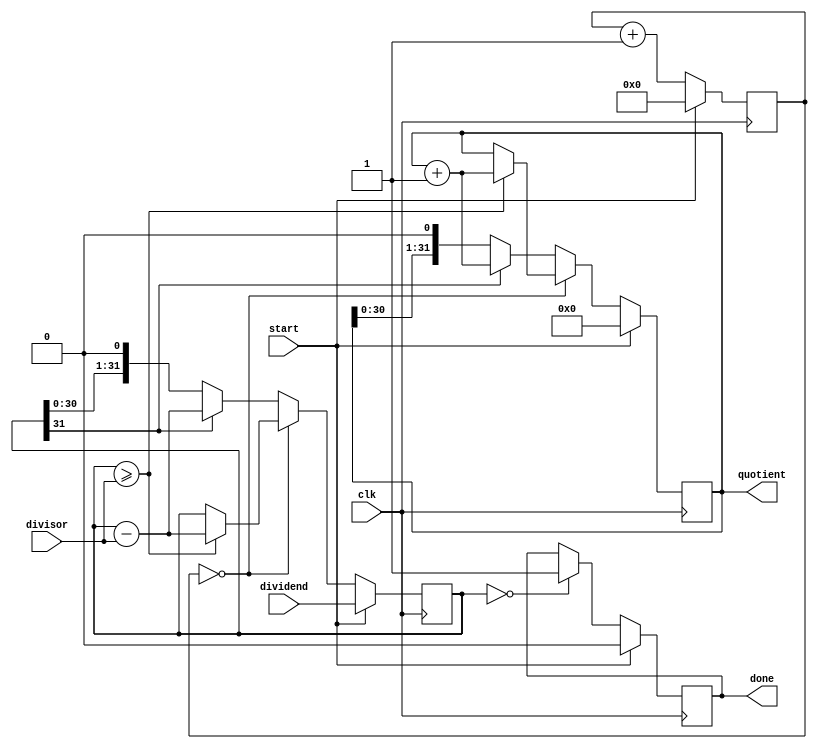
module pipelined_divider(input clk, // Clock signal
                           input start, // Start signal to begin division operation
                           input [31:0] dividend, // Input operand for division (dividend)
                           input [15:0] divisor, // Input operand for division (divisor)
                           output reg [31:0] quotient, // Output result of division operation
                           output reg done); // Done signal to indicate completion of division operation

reg [31:0] remainder; // Remainder for each iterative step of division operation
reg [4:0] count; // Counter to track current step of division operation

always @(posedge clk) begin
    if(start) begin
        quotient <= 0;
        remainder <= dividend;
        count <= 0;
        done <= 0;
    end else begin
        case(count)
            0: begin
                if(remainder >= divisor) begin
                    remainder <= remainder - divisor;
                    quotient <= quotient + 1;
                end
                count <= count + 1;
            end
            default: begin
                if(remainder[31] == 0) begin
                    remainder <= remainder << 1;
                    quotient <= quotient << 1;
                    count <= count + 1;
                end else begin
                    remainder <= remainder - divisor;
                    quotient <= quotient + 1;
                    count <= count + 1;
                end
            end
        endcase
    
        if(remainder == 0) begin
            done <= 1;
        end
    end
end
endmodule